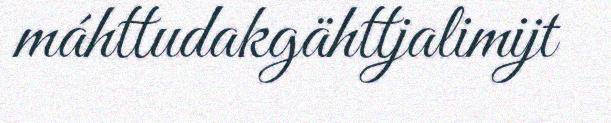
máhttudakgähttjalimijt